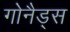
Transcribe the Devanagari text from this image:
गोनैड्स